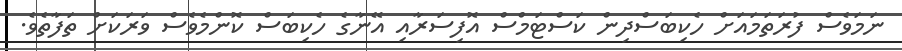
ނަމަވެސް ފުރަތަމައަށް ހެކިބަސްދިން ކަސްޓަމްސް އޮފިސަރާއި އޭނާގެ ހެކިބަސް ކޮންމެވެސް ވަރަކަށް ތަފާތެވެ.